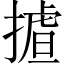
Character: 𢳛